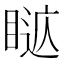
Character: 𥈚